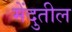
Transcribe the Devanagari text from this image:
मेंदुतील